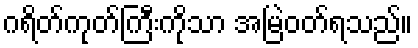
ဂရိတ်ကုတ်ကြီးကိုသာ အမြဲဝတ်ရသည်။